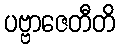
ပဗ္ဗာဇေတီတိ